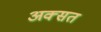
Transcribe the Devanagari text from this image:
अक्सत